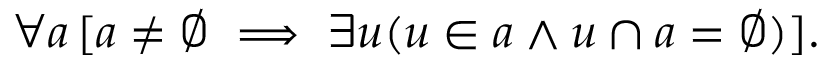
\forall a \, [ a \neq \emptyset \implies \exists u ( u \in a \land u \cap a = \emptyset ) ] .